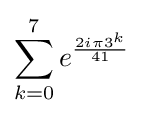
\sum _{k=0}^{7}e^{\frac {2i\pi 3^{k}}{41}}